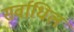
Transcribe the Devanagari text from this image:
सर्वाधिल